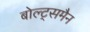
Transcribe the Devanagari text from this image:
बोल्ट्समैन